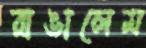
রাঙালেম